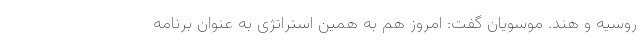
روسیه و هند. موسویان گفت: امروز هم به همین استراتژی به عنوان برنامه